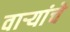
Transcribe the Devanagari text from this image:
वाऱ्यांचे